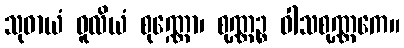
သုဓာယံ ဓူလိယံ စုဏ္ဏော၊ စုဏ္ဏဉ္စ ဝါသစုဏ္ဏကေ။